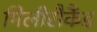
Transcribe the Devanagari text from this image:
मिलीसैकैंड